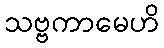
သဗ္ဗကာမေဟိ